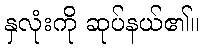
နှလုံးကို ဆုပ်နယ်၏။